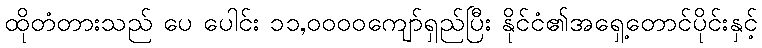
ထိုတံတားသည် ပေ ပေါင်း ၁၁,၀၀၀၀ကျော်ရှည်ပြီး နိုင်ငံ၏အရှေ့တောင်ပိုင်းနှင့်